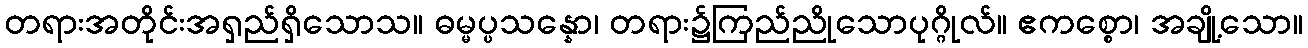
တရားအတိုင်းအရှည်ရှိသောသ။ ဓမ္မပ္ပသန္နော၊ တရား၌ကြည်ညိုသောပုဂ္ဂိုလ်။ ဧကစ္စော၊ အချို့သော။